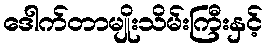
ဒေါက်တာမျိုးသိမ်းကြီးနှင့်